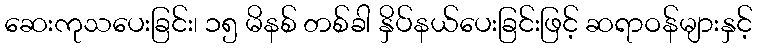
ဆေးကုသပေးခြင်း၊ ၁၅ မိနစ် တစ်ခါ နှိပ်နယ်ပေးခြင်းဖြင့် ဆရာဝန်များနှင့်